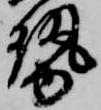
勢